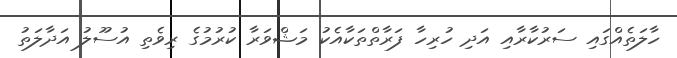
ހާލަތެއްގައި ސަރުކާރާއި އަދި ހުރިހާ ފަރާތްތަކާއެކު މަޝްވަރާ ކުރުމުގެ ރިވެތި އުސޫލު އަދާލަތު